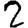
Digit: 2